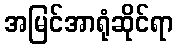
အမြင်အာရုံဆိုင်ရာ